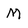
Character: M